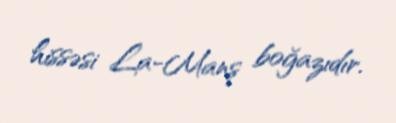
hissəsi La-Manş boğazıdır.